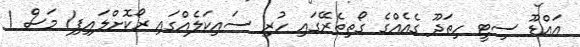
އައްޑޫ ސިޓީ ހިތަދޫ ގެއެއްގެ ގޯތިތެރޭގައި ހުރި ސައިކަލެއްގައި ރޯކޮށްލައިފި1 މަސް 1